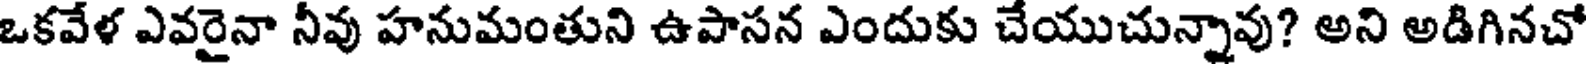
ఒకవేళ ఎవరైనా నీవు హనుమంతుని ఉపాసన ఎందుకు చేయుచున్నావు? అని అడిగినచో